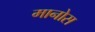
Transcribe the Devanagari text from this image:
मानोस